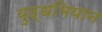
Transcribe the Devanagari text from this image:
युद्धभियान